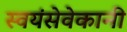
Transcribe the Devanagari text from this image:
स्वयंसेवेकानी